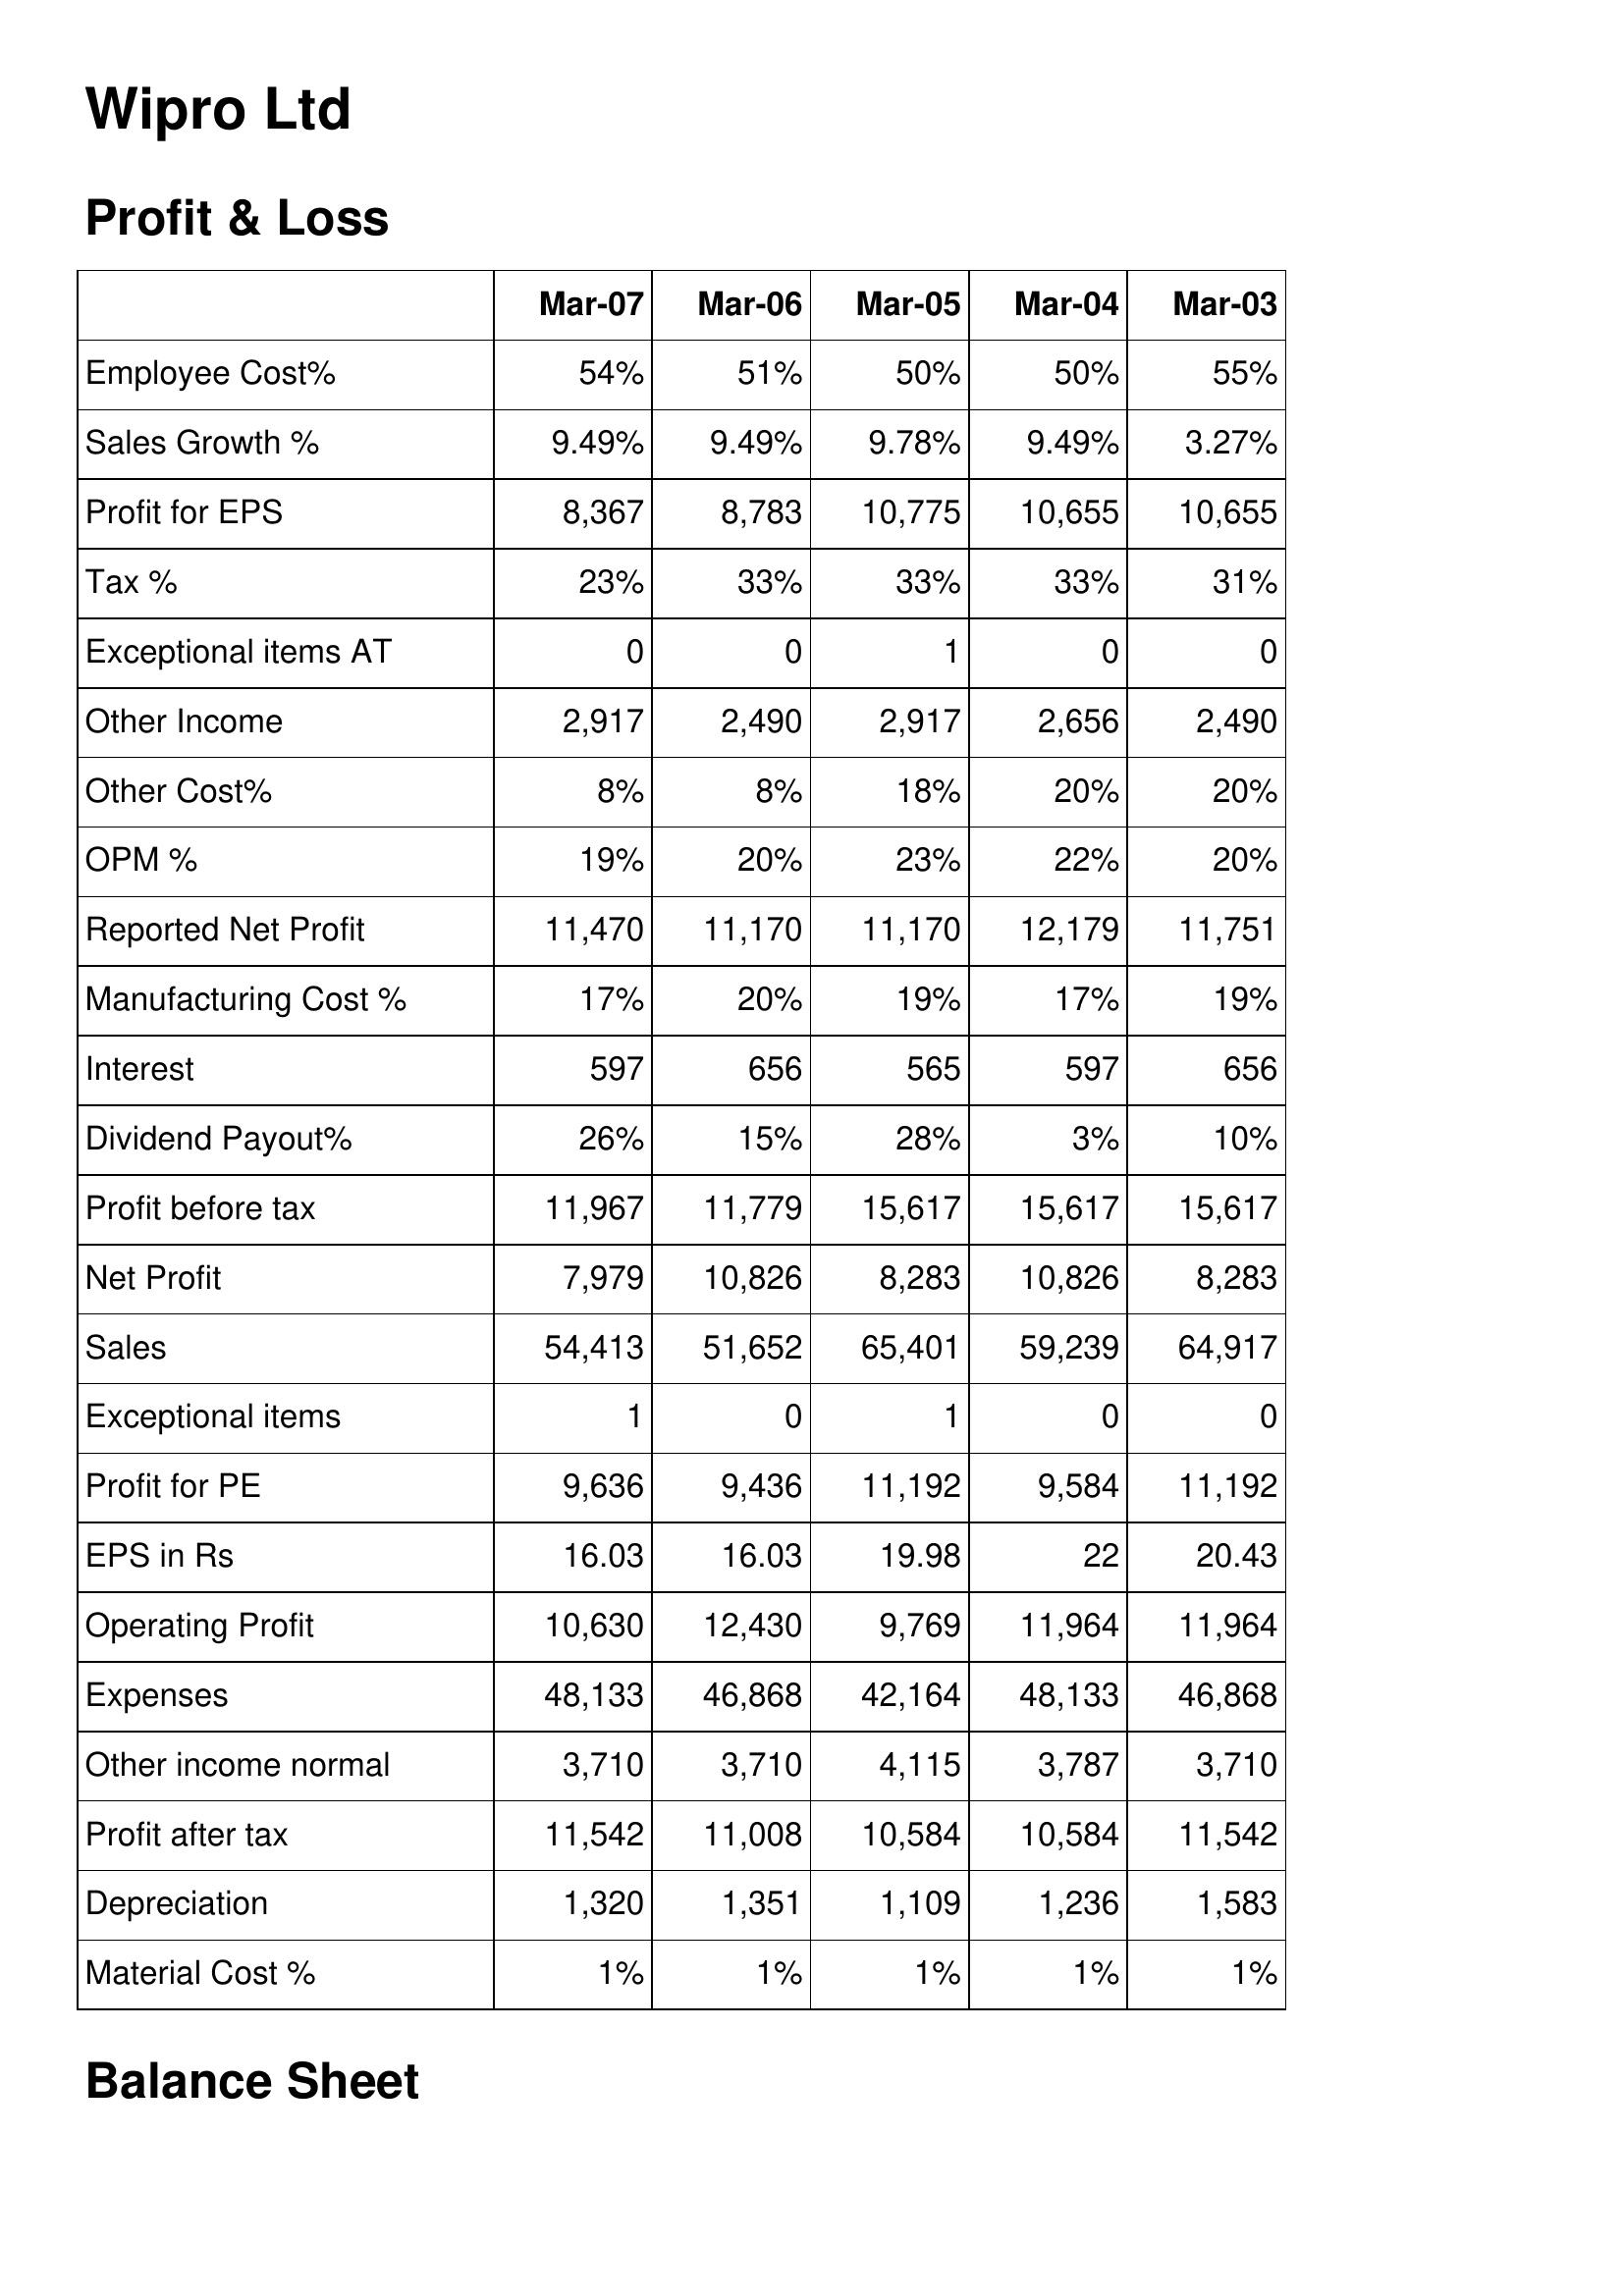
Mar-07: Profit & Loss: Employee Cost%: 54%
Sales Growth %: 9.49%
Profit for EPS: 8,367
Tax %: 23%
Exceptional items AT: 0
Other Income: 2,917
Other Cost%: 8%
OPM %: 19%
Reported Net Profit: 11,470
Manufacturing Cost %: 17%
Interest: 597
Dividend Payout%: 26%
Profit before tax: 11,967
Net Profit: 7,979
Sales: 54,413
Exceptional items: 1
Profit for PE: 9,636
EPS in Rs: 16.03
Operating Profit: 10,630
Expenses: 48,133
Other income normal: 3,710
Profit after tax: 11,542
Depreciation: 1,320
Material Cost %: 1%
Mar-06: Profit & Loss: Employee Cost%: 51%
Sales Growth %: 9.49%
Profit for EPS: 8,783
Tax %: 33%
Exceptional items AT: 0
Other Income: 2,490
Other Cost%: 8%
OPM %: 20%
Reported Net Profit: 11,170
Manufacturing Cost %: 20%
Interest: 656
Dividend Payout%: 15%
Profit before tax: 11,779
Net Profit: 10,826
Sales: 51,652
Exceptional items: 0
Profit for PE: 9,436
EPS in Rs: 16.03
Operating Profit: 12,430
Expenses: 46,868
Other income normal: 3,710
Profit after tax: 11,008
Depreciation: 1,351
Material Cost %: 1%
Mar-05: Profit & Loss: Employee Cost%: 50%
Sales Growth %: 9.78%
Profit for EPS: 10,775
Tax %: 33%
Exceptional items AT: 1
Other Income: 2,917
Other Cost%: 18%
OPM %: 23%
Reported Net Profit: 11,170
Manufacturing Cost %: 19%
Interest: 565
Dividend Payout%: 28%
Profit before tax: 15,617
Net Profit: 8,283
Sales: 65,401
Exceptional items: 1
Profit for PE: 11,192
EPS in Rs: 19.98
Operating Profit: 9,769
Expenses: 42,164
Other income normal: 4,115
Profit after tax: 10,584
Depreciation: 1,109
Material Cost %: 1%
Mar-04: Profit & Loss: Employee Cost%: 50%
Sales Growth %: 9.49%
Profit for EPS: 10,655
Tax %: 33%
Exceptional items AT: 0
Other Income: 2,656
Other Cost%: 20%
OPM %: 22%
Reported Net Profit: 12,179
Manufacturing Cost %: 17%
Interest: 597
Dividend Payout%: 3%
Profit before tax: 15,617
Net Profit: 10,826
Sales: 59,239
Exceptional items: 0
Profit for PE: 9,584
EPS in Rs: 22
Operating Profit: 11,964
Expenses: 48,133
Other income normal: 3,787
Profit after tax: 10,584
Depreciation: 1,236
Material Cost %: 1%
Mar-03: Profit & Loss: Employee Cost%: 55%
Sales Growth %: 3.27%
Profit for EPS: 10,655
Tax %: 31%
Exceptional items AT: 0
Other Income: 2,490
Other Cost%: 20%
OPM %: 20%
Reported Net Profit: 11,751
Manufacturing Cost %: 19%
Interest: 656
Dividend Payout%: 10%
Profit before tax: 15,617
Net Profit: 8,283
Sales: 64,917
Exceptional items: 0
Profit for PE: 11,192
EPS in Rs: 20.43
Operating Profit: 11,964
Expenses: 46,868
Other income normal: 3,710
Profit after tax: 11,542
Depreciation: 1,583
Material Cost %: 1%